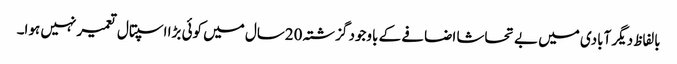
بالفاظ دیگر آبادی میں بے تحاشا اضافے کے باوجود گزشتہ 20سال میں کوئی بڑا اسپتال تعمیر نہیں ہوا۔